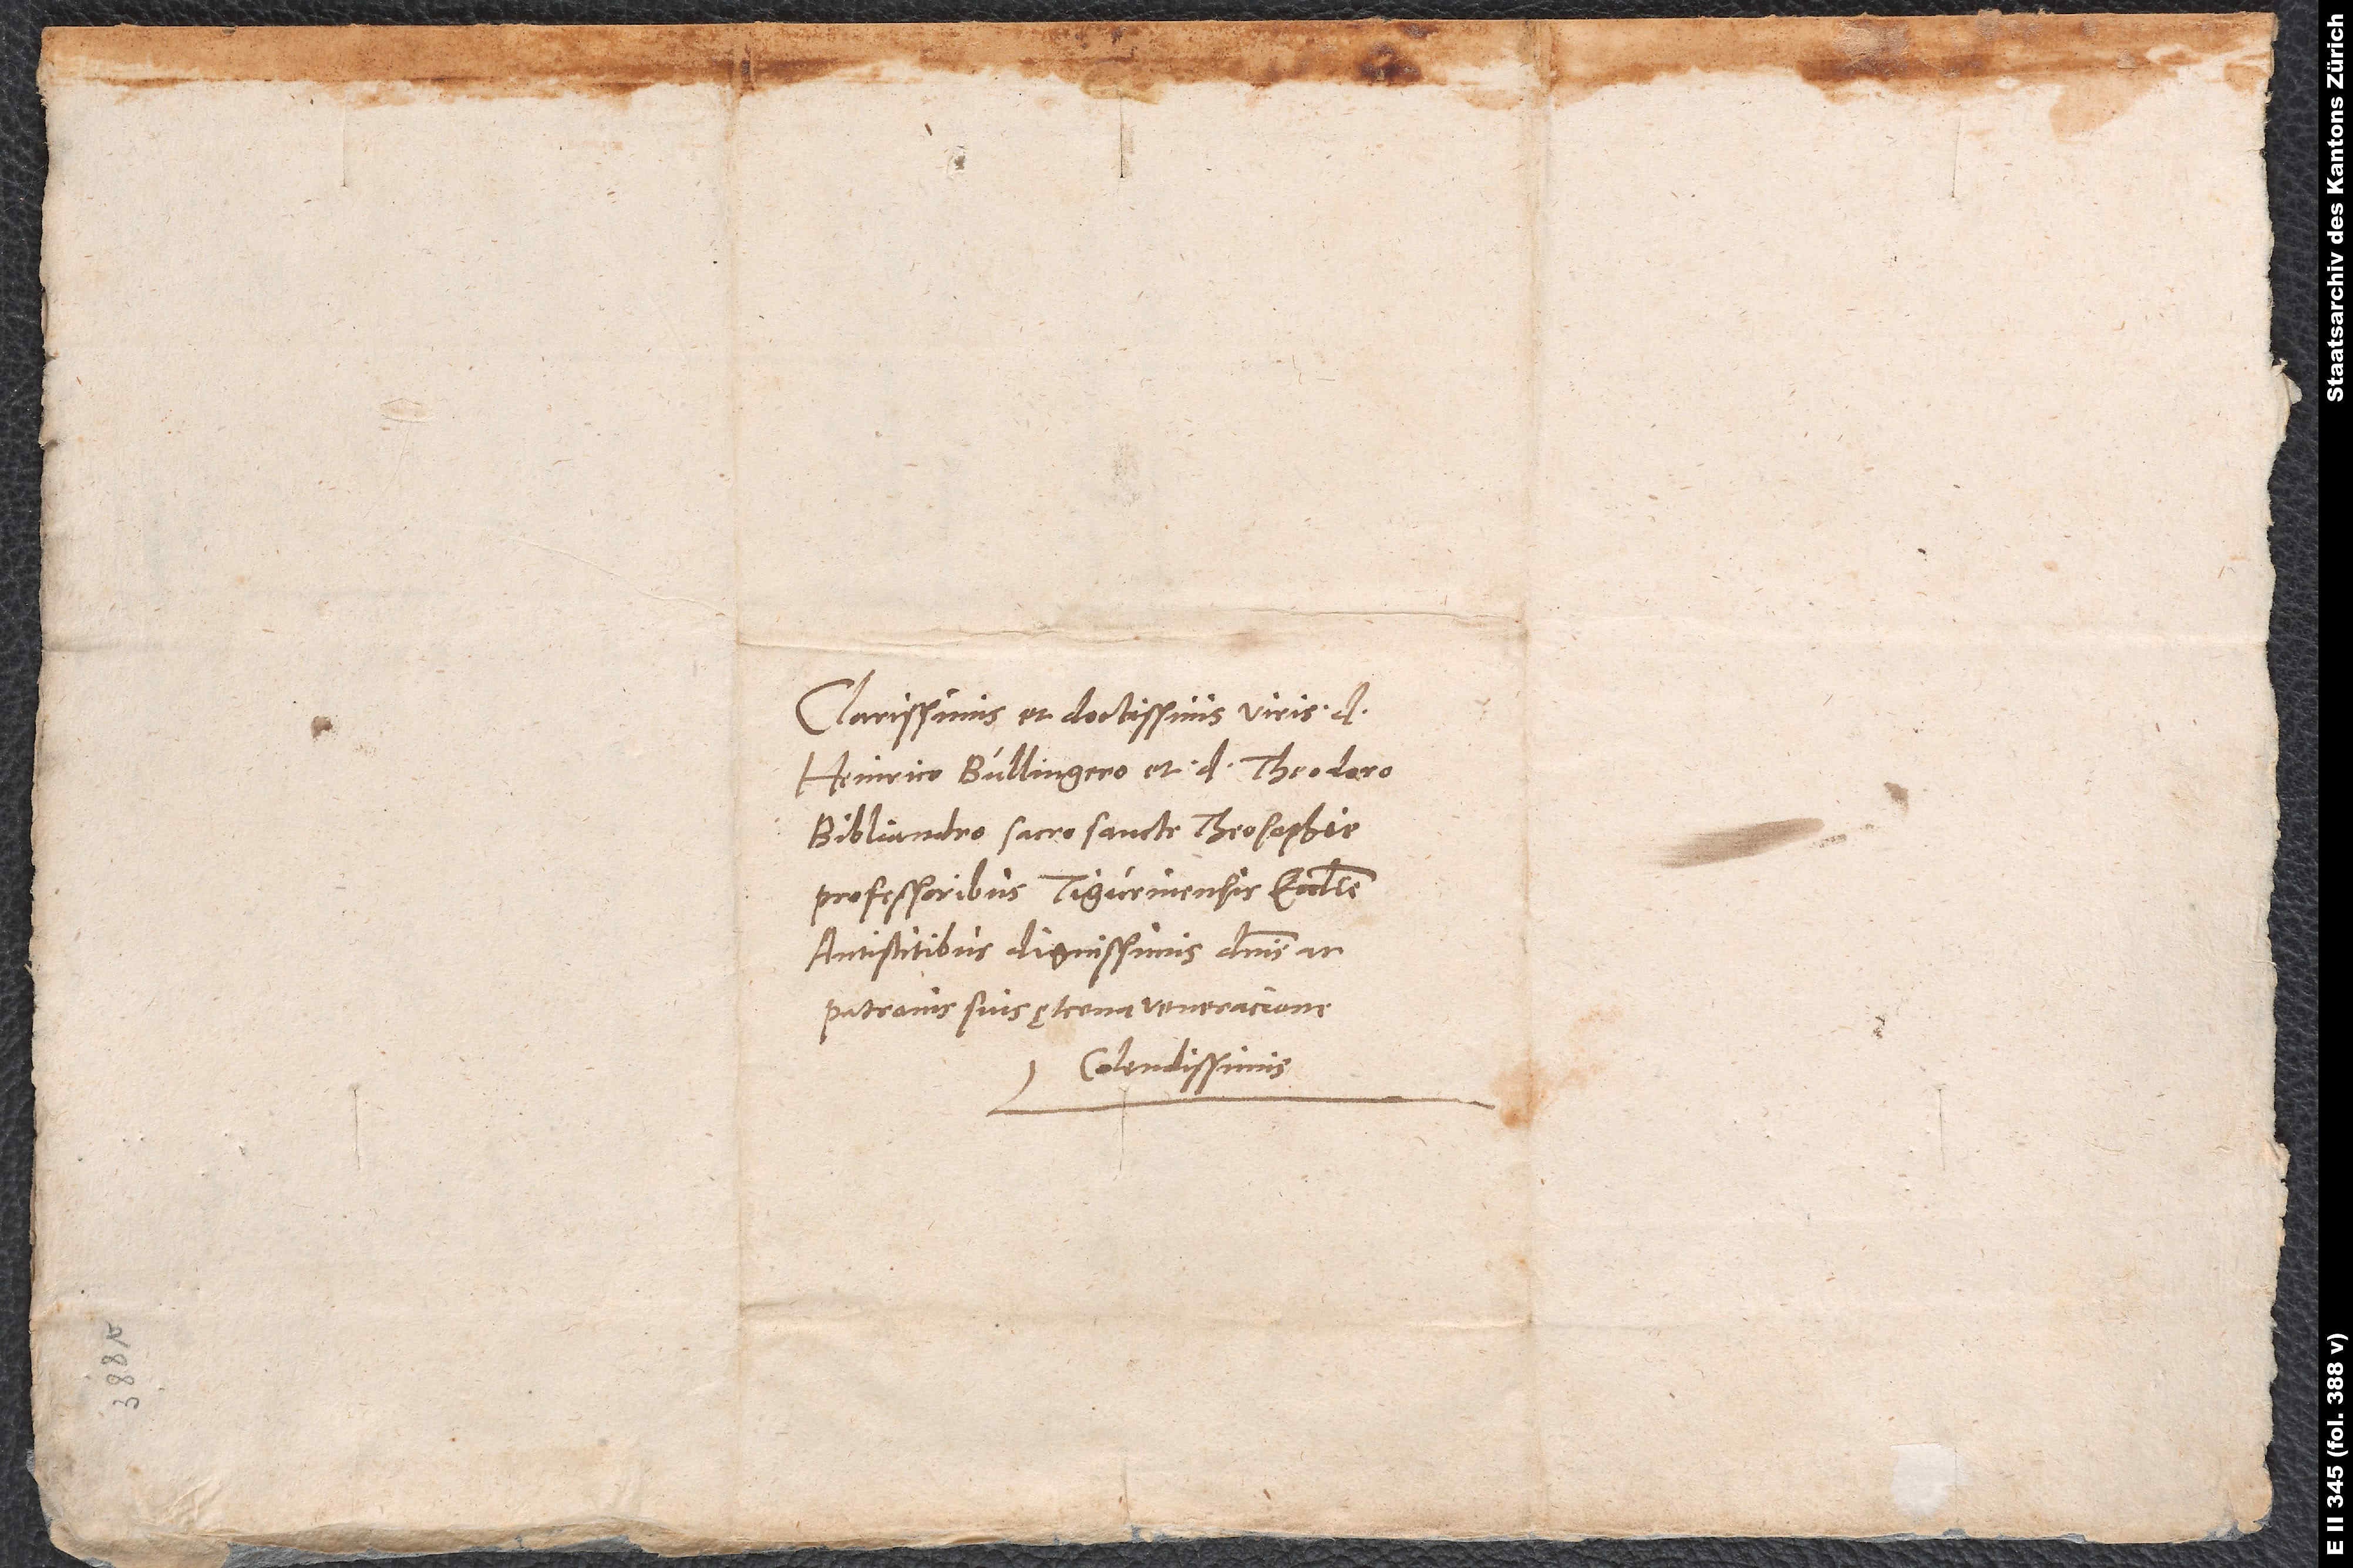
Clarissimis et doctissimis viris d.
Henrico Bullingero et d. Theodoro
Bibliandro, sacrosancte theosophie
professoribus, Tigurinensis ecclesie
antistitibus dignissimis, dominis ac
patronis suis ęterna veneracione
colendissimis.